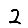
Digit: 2